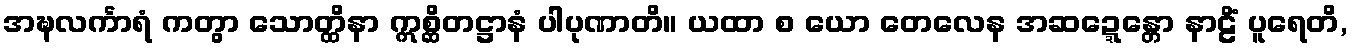
အဍ္ဎလင်္ကာရံ ကတွာ သောတ္ထိနာ ဣစ္ဆိတဋ္ဌာနံ ပါပုဏာတိ။ ယထာ စ ယော တေလေန အဆဍ္ဍေန္တော နာဠိံ ပူရေတိ,